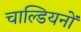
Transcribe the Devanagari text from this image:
चाल्डियनों